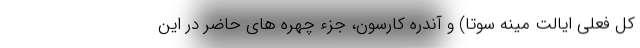
کل فعلی ایالت مینه سوتا) و آندره کارسون، جزء چهره های حاضر در این